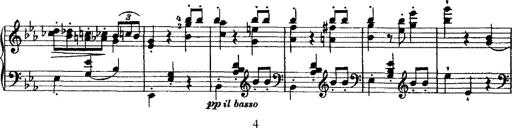
Title: Grande valse di bravura
Composer: Franz Liszt